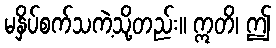
မနှိပ်စက်သကဲ့သို့တည်း။ ဣတိ၊ ဤ